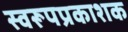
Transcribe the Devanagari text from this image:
स्वरूपप्रकाशक